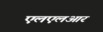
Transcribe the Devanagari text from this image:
एलएलआर